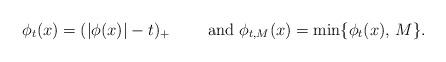
LaTeX: \begin{align*} \phi_{t}(x)=(|\phi(x)|-t)_+\qquad\mbox{ and }\phi_{t,M}(x)=\min\{\phi_t(x),\, M\}.\end{align*}